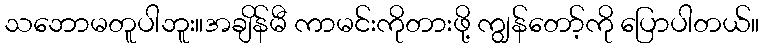
သဘောမတူပါဘူး။အချိန်မီ ကာမင်းကိုတားဖို့ ကျွန်တော့်ကို ပြောပါတယ်။